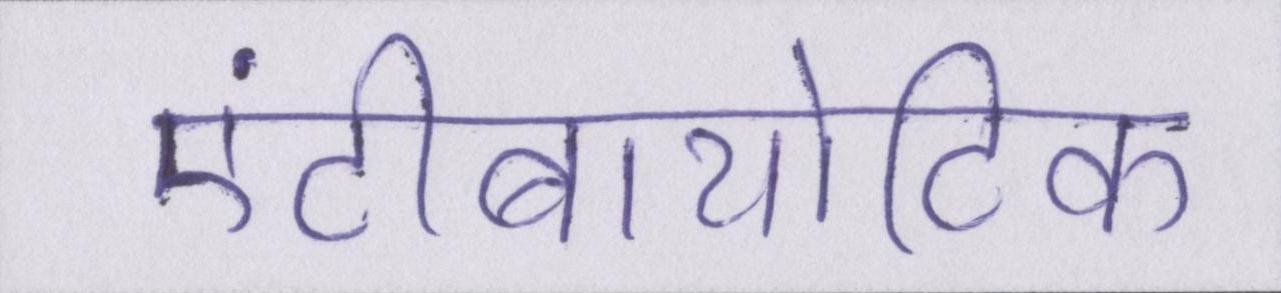
एंटीबायोटिक